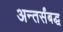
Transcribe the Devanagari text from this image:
अन्तर्संबद्ध